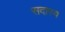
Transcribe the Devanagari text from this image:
सदास्य